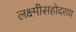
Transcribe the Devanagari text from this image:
लक्ष्मीसहोदराय